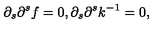
\partial _ { s } \partial ^ { s } f = 0 , \partial _ { s } \partial ^ { s } k ^ { - 1 } = 0 ,